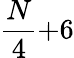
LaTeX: \frac{N}{4}{+}6